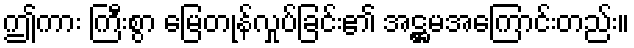
ဤကား ကြီးစွာ မြေတုန်လှုပ်ခြင်း၏ အဋ္ဌမအကြောင်းတည်း။